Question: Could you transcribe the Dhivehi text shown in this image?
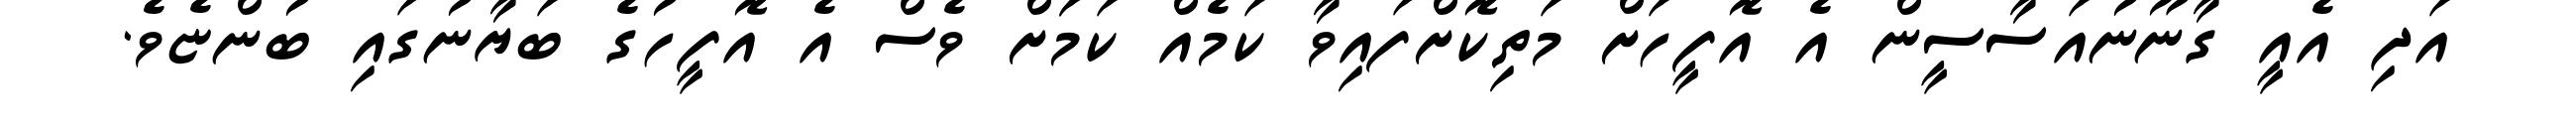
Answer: އަދި އެއީ ގާނޫނުއަސާސީން އެ އޮފީހަށް މަތިކޮށްފައިވާ ކަމެއް ކަމަަށް ވެސް އެ އޮފީހުގެ ބަޔާނުގައި ބުންޏެވެ.